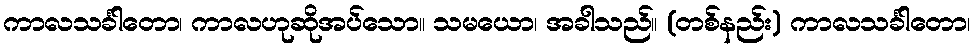
ကာလသင်္ခါတော၊ ကာလဟုဆိုအပ်သော။ သမယော၊ အခါသည်။ (တစ်နည်း) ကာလသင်္ခါတော၊